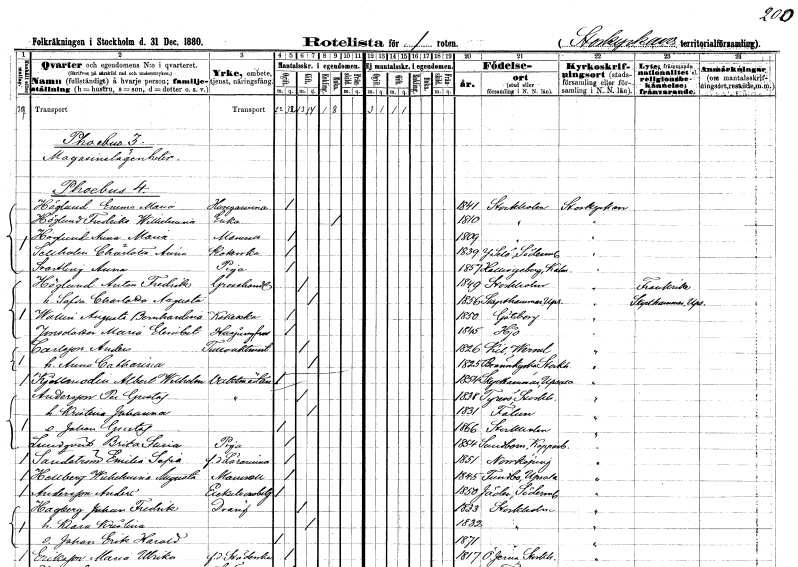
gt_parse: households: individuals: FN: Emma Maria
EN: Höglund
YRKE: Husägarinna
KON: K
CIV: O
FODAR: 1841
FODFORS: Stockholm
FN: Fredrika Wilhelmina
EN: Höglund
YRKE: Änka
KON: K
CIV: E
FODAR: 1810
FODFORS: Stockholm
FN: Anna Maria
EN: Höglund
KON: K
CIV: O
FODAR: 1809
FODFORS: Stockholm
FN: Charlotta Anna
EN: Sellholm
YRKE: Kokerska
KON: K
CIV: O
FODAR: 1839
FODFORS: Ytterselö Södermanlands län
FN: Anna
EN: Svarling
YRKE: Piga
KON: K
CIV: O
FODAR: 1857
FODFORS: Hallingeberg Kalmar län
FN: Anton Fredrik
EN: Höglund
YRKE: Grosshandlare
KON: M
CIV: G
FODAR: 1849
FODFORS: Stockholm
FN: Sofia Charlotta Augusta
KON: K
CIV: G
FODAR: 1856
FODFORS: Skäfthammar Uppsala län
FN: Augusta Bernhardina
EN: Wallin
YRKE: Kokerska
KON: K
CIV: O
FODAR: 1850
FODFORS: Göteborg Göteborgs- och Bohuslän
FN: Maria Elisabet
EN: Jonsdotter
YRKE: Husjungfru
KON: K
CIV: O
FODAR: 1845
FODFORS: Hjo Skaraborgs län
FN: Anders
EN: Carlsson
YRKE: Tullvaktmästare
KON: M
CIV: G
FODAR: 1826
FODFORS: Kil Värmlands län
FN: Anna Catharina
KON: K
CIV: G
FODAR: 1825
FODFORS: Brännkyrka Stockholms län
FN: Albert Wilhelm
EN: Kjellmodin
YRKE: Vaktmästare
KON: M
CIV: O
FODAR: 1854
FODFORS: Skäfthammar Uppsala län
FN: Per Gustaf
EN: Andersson
YRKE: Vaktmästare
KON: M
CIV: G
FODAR: 1838
FODFORS: Tyresö Stockholms län
FN: Kristina Johanna
KON: K
CIV: G
FODAR: 1831
FODFORS: Falun Kopparbergs län
FN: Johan Gustaf
KON: M
CIV: O
FODAR: 1866
FODFORS: Stockholm
FN: Brita Lucia
EN: Lundqvist
YRKE: Piga
KON: K
CIV: O
FODAR: 1854
FODFORS: Sundborn Kopparbergs län
FN: Emilia Sofia
EN: Sandström
YRKE: Lärarinna f.d.
KON: K
CIV: O
FODAR: 1851
FODFORS: Norrköping Östergötlands län
FN: Wilhelmina Augusta
EN: Hellberg
KON: K
CIV: O
FODAR: 1845
FODFORS: Funbo Uppsala län
FN: Anders
EN: Hellberg
YRKE: Exekutionsbetjänt
KON: M
CIV: O
FODAR: 1850
FODFORS: Jäder Södermanlands län